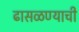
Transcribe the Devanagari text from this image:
ढासळण्याची